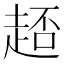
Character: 𧻳